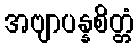
အဗျာပန္နစိတ္တံ